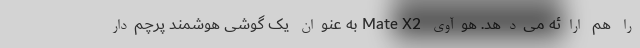
را هم ارائه می‌دهد. هوآوی Mate X2 به عنوان یک گوشی هوشمند پرچم‌دار